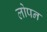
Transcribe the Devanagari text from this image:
लोपन